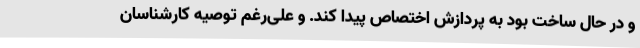
و در حال ساخت بود به پردازش اختصاص پیدا کند. و علی‌رغم توصیه کارشناسان